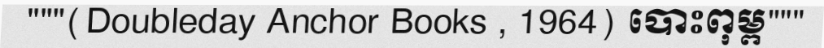
"""(Doubleday Anchor Books , 1964) បោះពុម្ព"""